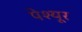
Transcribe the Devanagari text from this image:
पेश्यूर